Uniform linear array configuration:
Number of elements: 24
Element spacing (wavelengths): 0.25
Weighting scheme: hamming
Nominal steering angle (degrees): -15
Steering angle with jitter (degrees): -16.936
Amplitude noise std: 0.05
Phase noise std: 0.05

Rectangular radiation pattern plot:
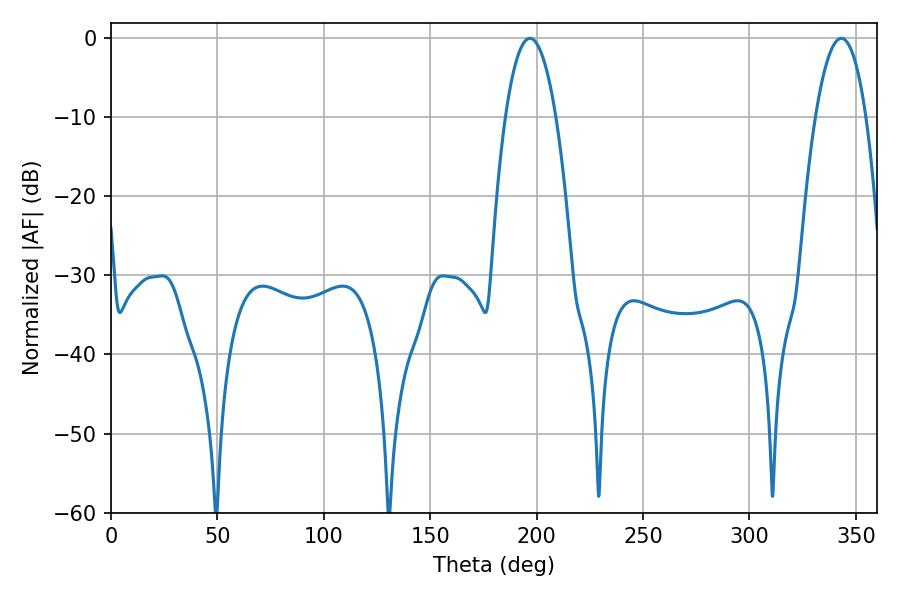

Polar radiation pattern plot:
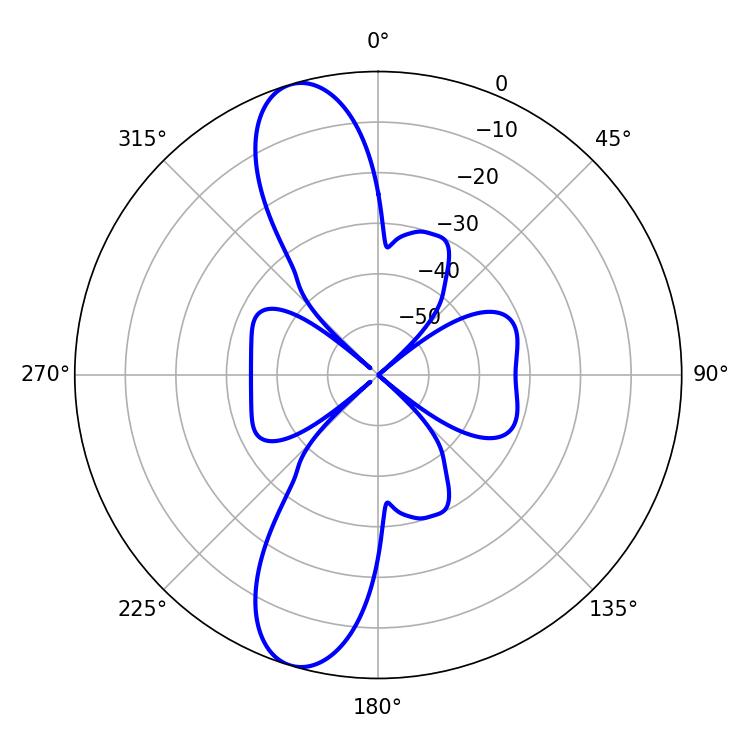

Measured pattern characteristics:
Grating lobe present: FALSE
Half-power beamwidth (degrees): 13.14
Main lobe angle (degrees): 343.08